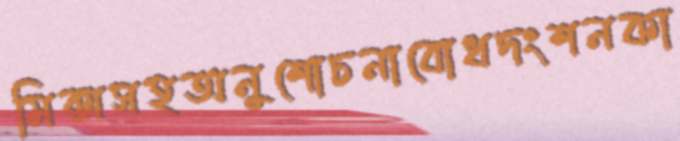
মিক্সসহঅনুশোচনাবোধদংশনকা